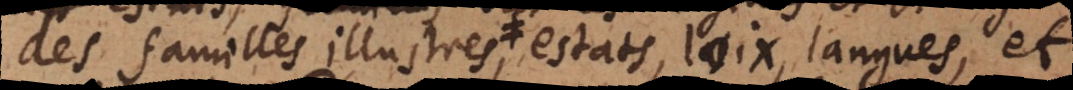
des familles illustres, estats, loix, langues et